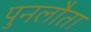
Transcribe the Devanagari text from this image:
पुनलौता